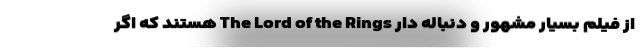
از فیلم بسیار مشهور و دنباله دار The Lord of the Rings هستند که اگر